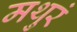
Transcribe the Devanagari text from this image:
मथुरं